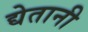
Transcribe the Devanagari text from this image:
द्येतानी